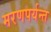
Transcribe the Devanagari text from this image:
मरणपर्यन्त